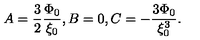
A = \frac { 3 } { 2 } \frac { \Phi _ { 0 } } { \xi _ { 0 } } , B = 0 , C = - \frac { 3 \Phi _ { 0 } } { \xi _ { 0 } ^ { 3 } } .